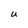
Character: U